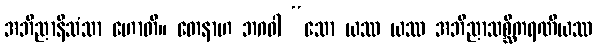
အဘိညာနိသံသာ ဟောတိ။ တေနာဟ ဘဂဝါ “သော ယဿ ယဿ အဘိညာသစ္ဆိကရဏီယဿ